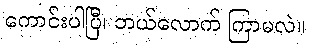
ကောင်းပါပြီ၊ ဘယ်လောက် ကြာမလဲ။